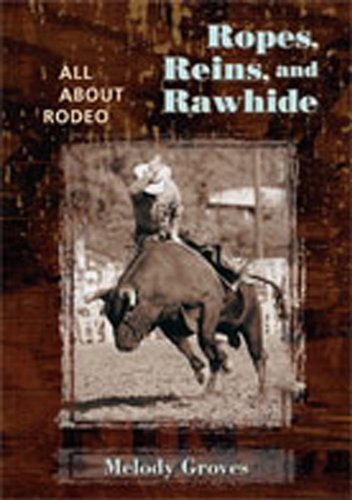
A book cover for Ropes, Reins, and Rawhide: All About Rodeo; Melody Groves; Sports & Outdoors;